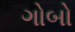
ગોબો